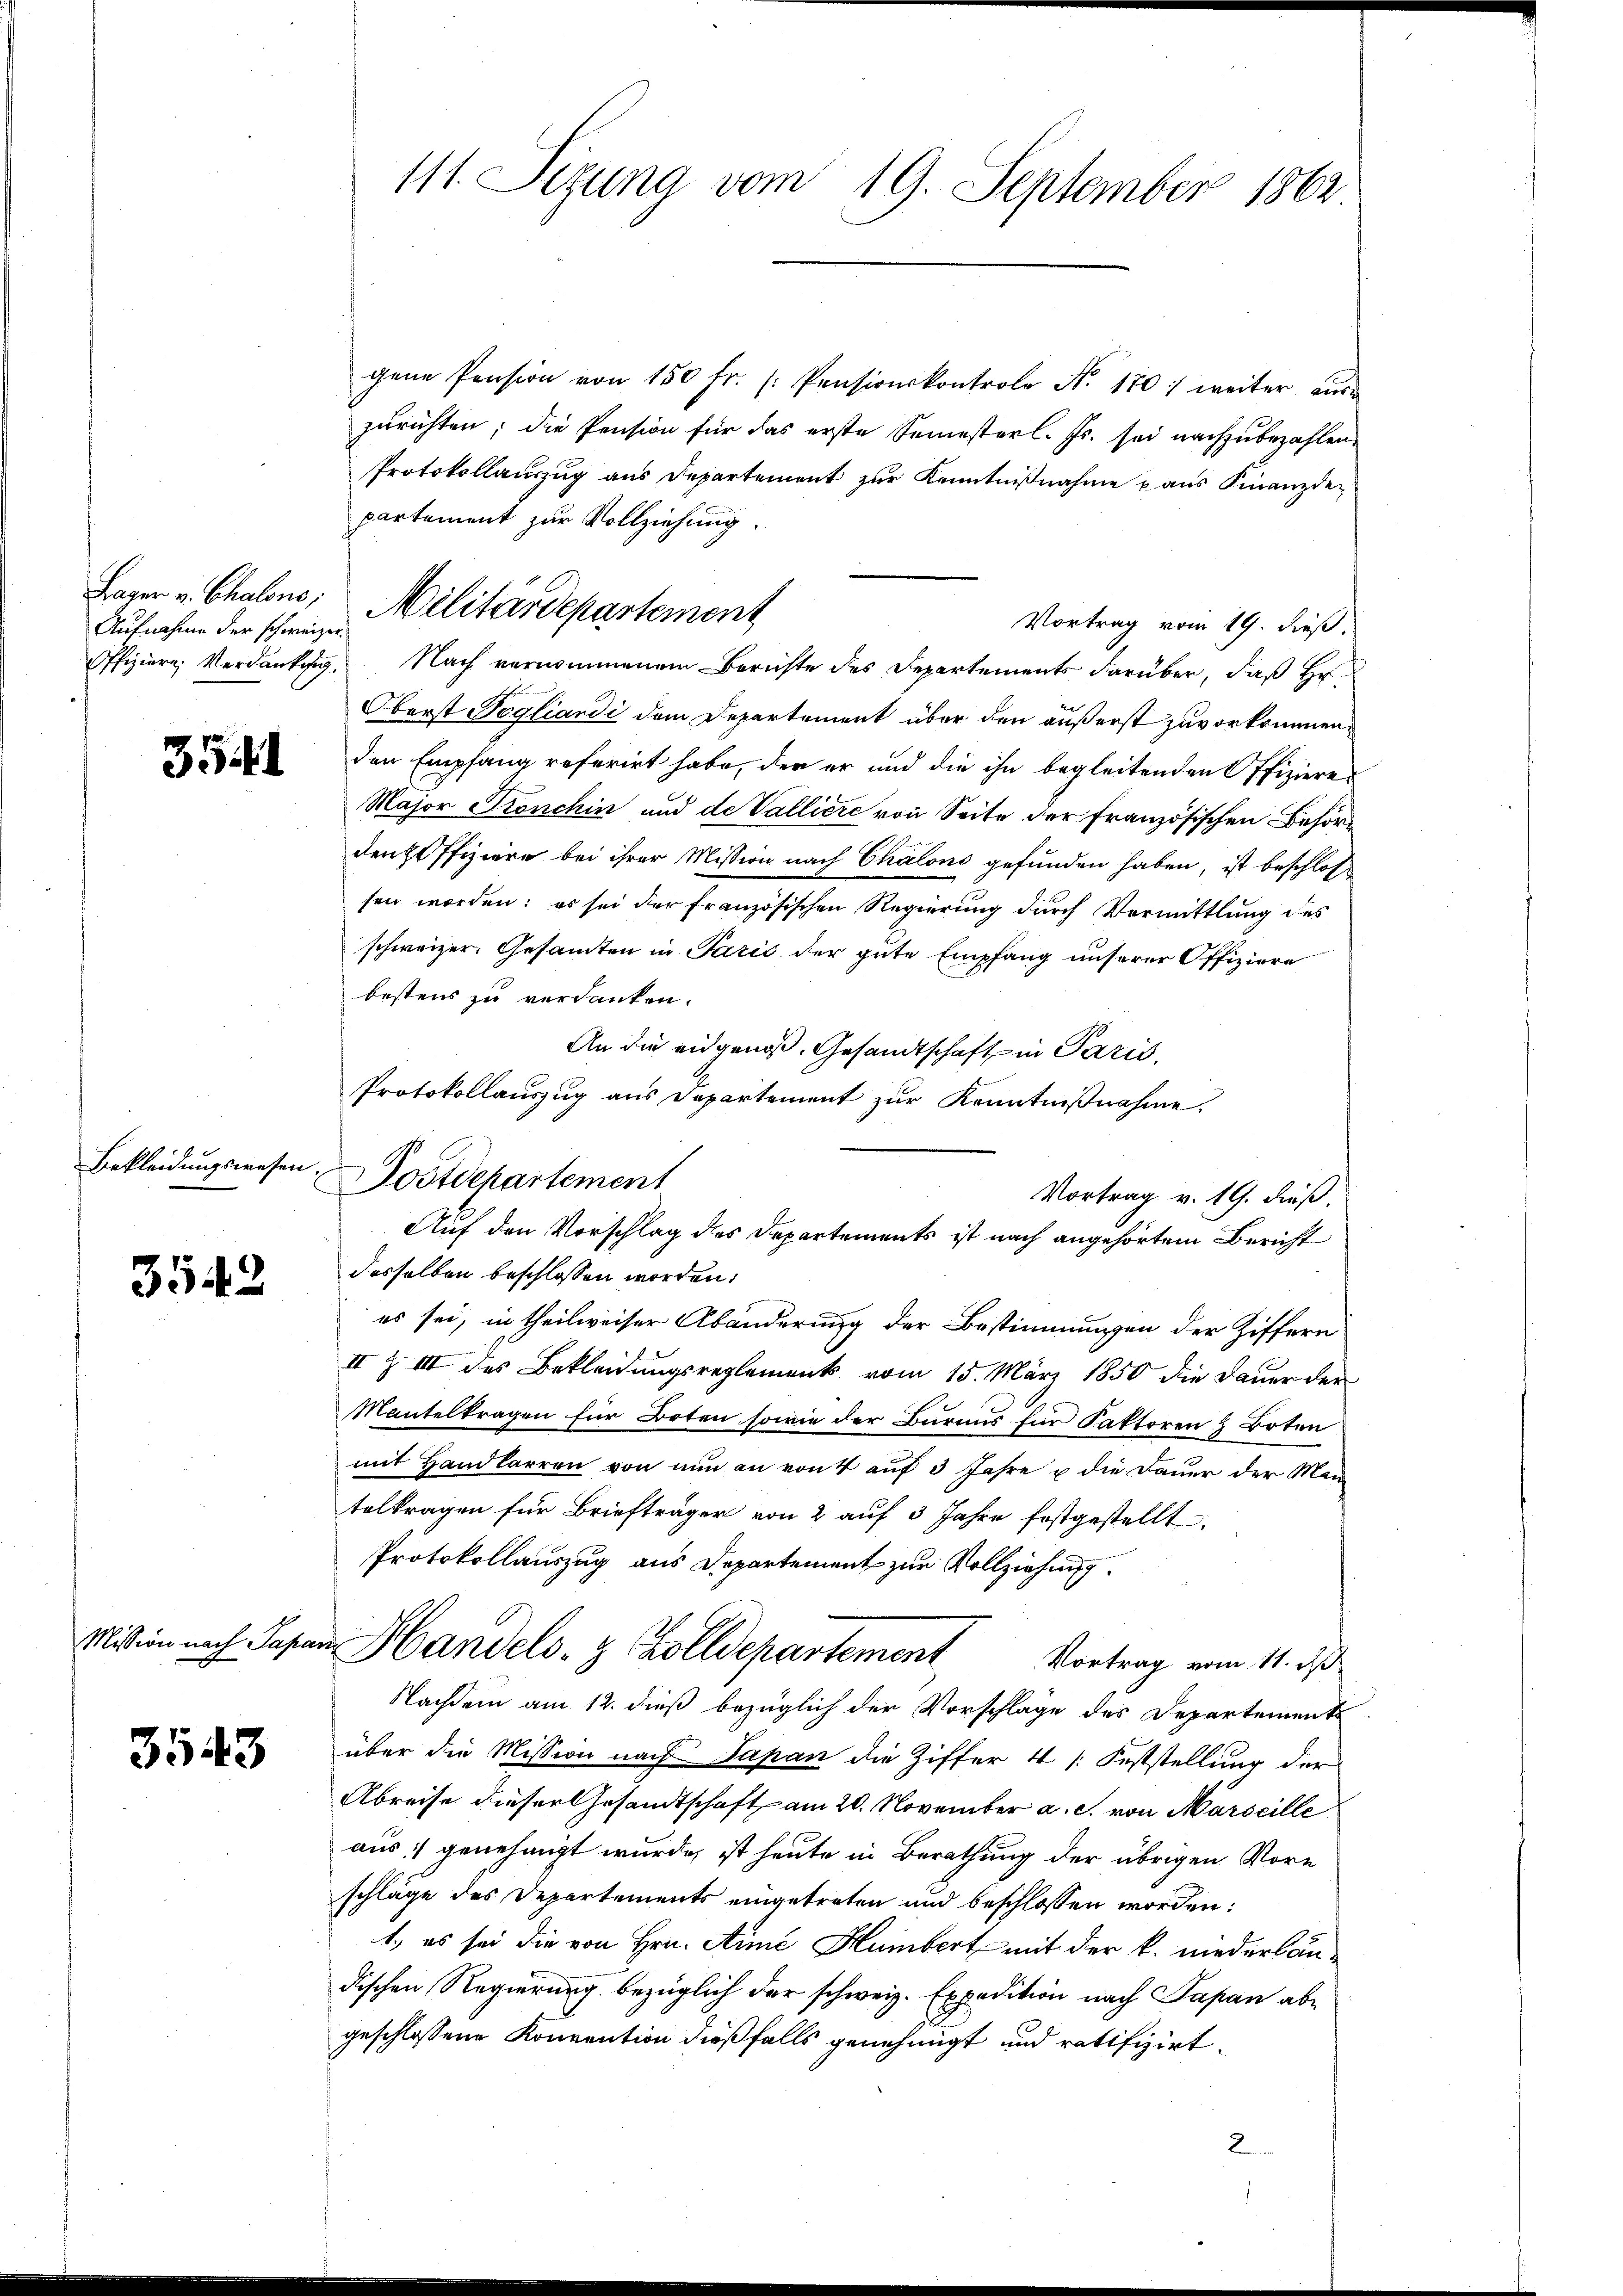
Bayer v. Chalons;
Aufnahme der schweizer.

35

Bekleidungswesen.

3542

Mission nach Papa

3543

111. Sizung vom 19. September 1862

gene Pension von 150 fr. (: Pensionskontrole Nr. 170 : weiter aŭs-
zurichten; die Pension für das erste Semesterl. Js. sei nachzubezahlen.
Protokollauszug aus Departement zur Kenntnißnahme aus Finanzdepartement zur Vollziehung
Vortrag vom 19. dieß.
Offiziere Verdankung. Nach vernommenem Berichte des Departements darüber, daß Hr
Oberst Pogliardi dem Departement über den äußerst zuvorkommen,
den Empfang referirt habe, der er und die ihn begleitenden Offiziere
Major Fronchin und de Valliere von Seite der Französischen Behördenoffiziere bei ihrer Mission nach Chalons gefunden haben, ist beschlos
sen worden: es sei der französischen Regierung durch Vermittlung des
schweizer. Gesamten in Paris der gute Empfang unserer Offiziere
bestens zu verdanken.
An die eidgenoß. Gesandtschaft in Paris,
Protokollauszug aus Departement zur Kenntnißnahme.
Vortrag v. 19. dieß.
desselben beschlossen worden.
es sei, in theilweiser Abänderung der Bestimmungen der Ziffern
II & III des Bekleidungsreglements vom 15. März 1850 die Dauer der
Mantelkragen für Boten sowie der Burius für Faktoren & Boten
mit Handlarren von nun an von 4 auf 3 Jahre u die Dauer der Man
telkragen für Briefträger von 2 auf 3 Jahre festgestellt.
Protokollauszug aus Departement zur Vollziehung.
in Handels- & Zolldepartement Vortrag vom 11. ds.
Nachdem am 12. dieß bezüglich der Vorschläge des Departements
über die Mission nach Papan die Ziffer 4 /: Feststellung der
Abreise dieser Gesandtschaft am 20. November a. c. von Marseille
aus: genehmigt wurde, ist heute in Berathung der übrigen Vore
schläge des Departements eingetreten und beschlossen worden:
1., es sei die von Hrn. Anne Humbert mit der k. niederlandischen Regierung bezüglich der schweiz. Expedition nach Papan abgeschlossene Konvention dießfalls genehmigt und ratifizirt.
2

Militärdepartement

Postdepartement
Auf den Vorschlag des Departements ist nach angehörtem Bericht